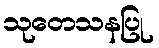
သုတေသနပြု